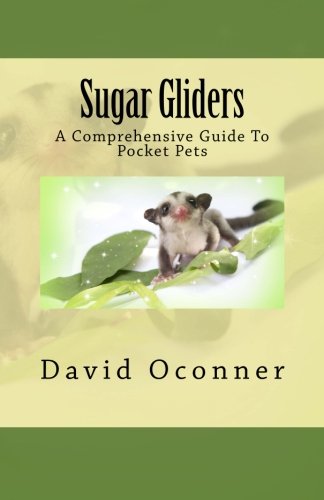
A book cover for Sugar Gliders: A Comprehensive Guide To Pocket Pets; David Oconner; Crafts, Hobbies & Home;